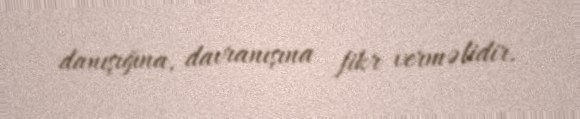
danışığına, davranışına fikr verməlidir.